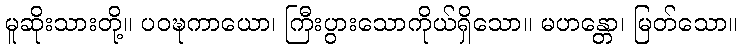
မူဆိုးသားတို့။ ပဝဍ္ဎကာယော၊ ကြီးပွားသောကိုယ်ရှိသော။ မဟန္တော၊ မြတ်သော။